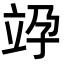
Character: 𥩯